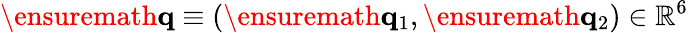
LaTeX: \ensuremath{\mathbf{q}}\equiv(\ensuremath{\mathbf{q}}_{1},\ensuremath{\mathbf{q}}_{2})\in\mathbb{R}^{6}